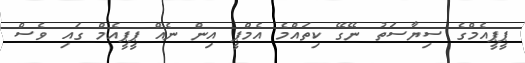
ޕީޕީއެމްގެ ސިޔާސަތު ނޭގޭ ކިތައްމެ އެމްޕީ އިން ނެއް ޕީޕީއެމް ގައި ވެސް